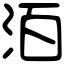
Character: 洦